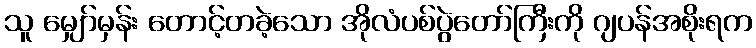
သူ မျှော်မှန်း တောင့်တခဲ့သော အိုလံပစ်ပွဲတော်ကြီးကို ဂျပန်အစိုးရက